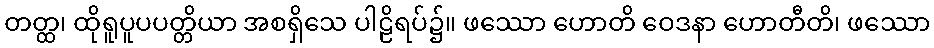
တတ္ထ၊ ထိုရူပူပပတ္တိယာ အစရှိသေ ပါဠိရပ်၌။ ဖဿော ဟောတိ ဝေဒနာ ဟောတီတိ၊ ဖဿော